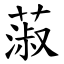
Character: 蔋